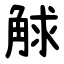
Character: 觩